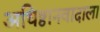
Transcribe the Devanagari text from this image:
अधिष्ठानवादाला